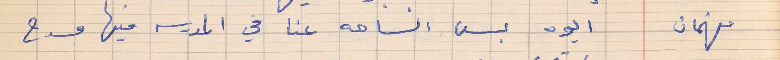
فهمان    ايوه بس الساحه عنا في المدرسه فيها مسرح